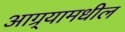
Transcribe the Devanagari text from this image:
आग्र्यामधील